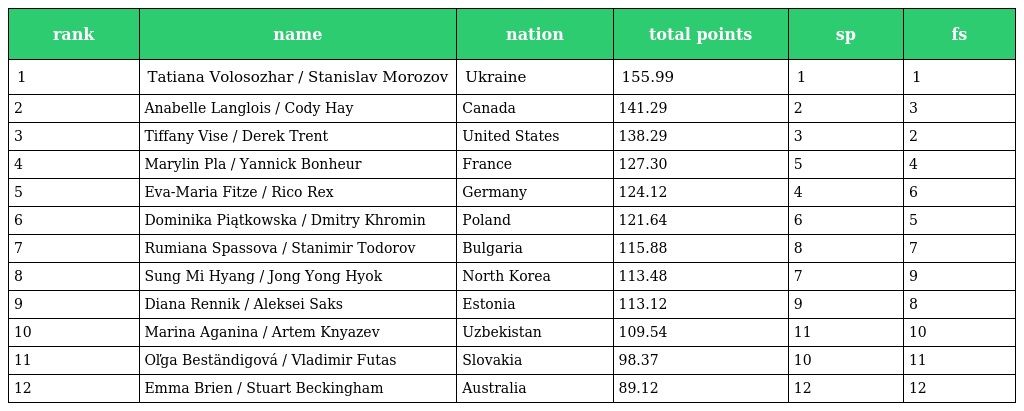
| rank | name | nation | total points | sp | fs |
 | --- | --- | --- | --- | --- | --- |
 | 1 | Tatiana Volosozhar / Stanislav Morozov | Ukraine | 155.99 | 1 | 1 |
 | 2 | Anabelle Langlois / Cody Hay | Canada | 141.29 | 2 | 3 |
 | 3 | Tiffany Vise / Derek Trent | United States | 138.29 | 3 | 2 |
 | 4 | Marylin Pla / Yannick Bonheur | France | 127.30 | 5 | 4 |
 | 5 | Eva-Maria Fitze / Rico Rex | Germany | 124.12 | 4 | 6 |
 | 6 | Dominika Piątkowska / Dmitry Khromin | Poland | 121.64 | 6 | 5 |
 | 7 | Rumiana Spassova / Stanimir Todorov | Bulgaria | 115.88 | 8 | 7 |
 | 8 | Sung Mi Hyang / Jong Yong Hyok | North Korea | 113.48 | 7 | 9 |
 | 9 | Diana Rennik / Aleksei Saks | Estonia | 113.12 | 9 | 8 |
 | 10 | Marina Aganina / Artem Knyazev | Uzbekistan | 109.54 | 11 | 10 |
 | 11 | Oľga Beständigová / Vladimir Futas | Slovakia | 98.37 | 10 | 11 |
 | 12 | Emma Brien / Stuart Beckingham | Australia | 89.12 | 12 | 12 |